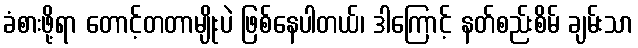
ခံစားဖို့ရာ တောင့်တတာမျိုးပဲ ဖြစ်နေပါတယ်၊ ဒါကြောင့် နတ်စည်းစိမ် ချမ်းသာ